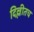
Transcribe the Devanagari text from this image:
दिल्लीतच